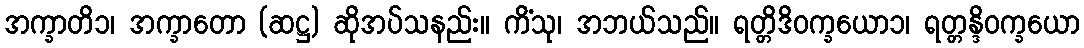
အက္ခာတိ၁၊ အက္ခာတော (ဆဋ္ဌ) ဆိုအပ်သနည်း။ ကိံသု၊ အဘယ်သည်။ ရတ္တိဒိဝက္ခယော၁၊ ရတ္တန္ဒိဝက္ခယော